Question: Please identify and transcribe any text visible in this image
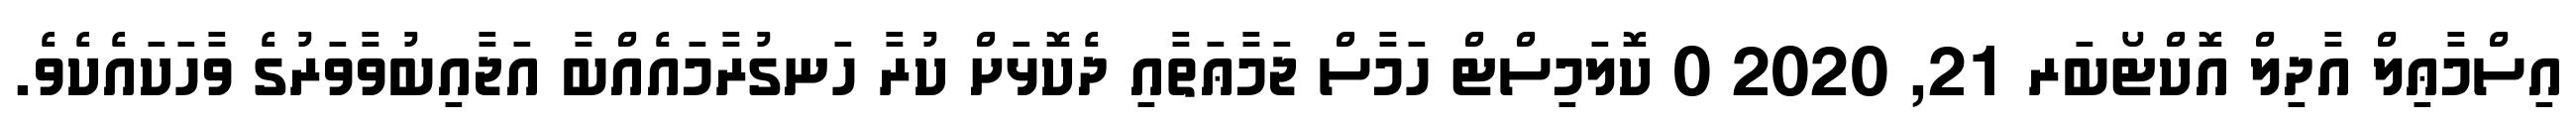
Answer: އިސްމާޢިލް އާދިލް އޮކްޓޯބަރ 21, 2020 0 ކޮލަމިސްޓް ހަމާސް ޖަމާޢަތާއި ދެކޮޅަށް ކުރާ ހަނގުރާމައެއްބާ އަޖާއިބުވާވަރުގެ ވާހަކައެކެވެ.